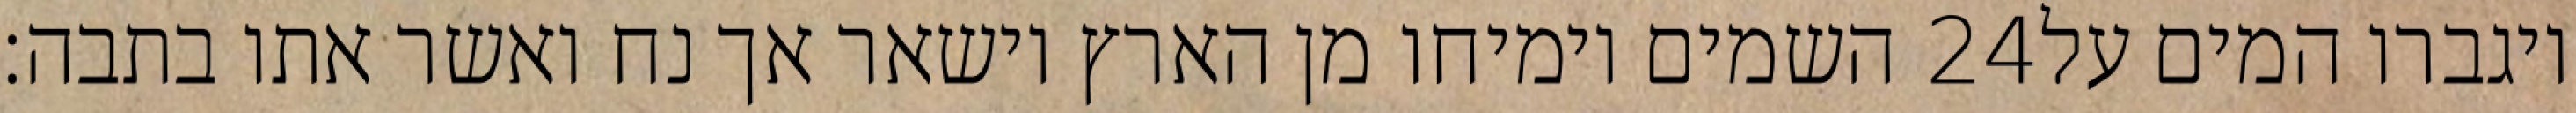
השמים וימיחו מן הארץ וישאר אך נח ואשר אתו בתבה׃ ‎24‏ ויגברו המים על